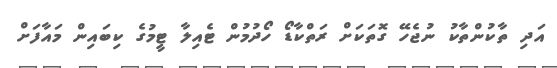
އަދި ތާކުންތާކު ނުޖެހޭ ގޮތަކަށް ރަތްކާޑޯ ހޯދުމުން ޓެއިލާ ޓީމުގެ ކިބައިން މައާފަށް